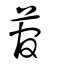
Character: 菅